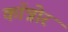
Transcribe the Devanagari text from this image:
कॉन्नोर